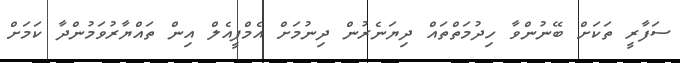
ސަފާރީ ތަކަށް ބޭނުންވާ ހިދުމަތްތައް ދިޔަނެރުން ދިނުމަށް އެމްޕީއެލް އިން ތައްޔާރުވަމުންދާ ކަމަށް